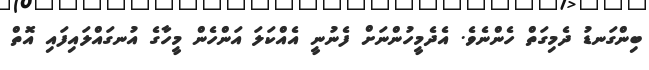
ބިންގަނޑު ދެމިގަތް ހެންނެވެ. އެދެމީހުންނަށް ފެނުނީ އެއްކަލަ އަންހެން މީހާގެ އުނގައްލައިފައި އޮތް